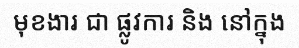
មុខងារ ជា ផ្លូវការ និង នៅក្នុង